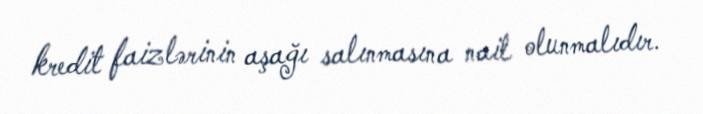
kredit faizlərinin aşağı salınmasına nail olunmalıdır.